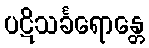
ပဋိသင်္ခရောန္တေ